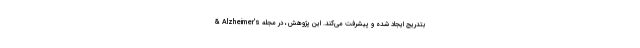
بتدریج ایجاد شده و پیشرفت می‌کند. این پژوهش، در مجله Alzheimer's &